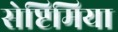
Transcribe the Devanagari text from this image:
सेप्टिमिया